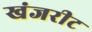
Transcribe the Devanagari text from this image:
खंजरीट